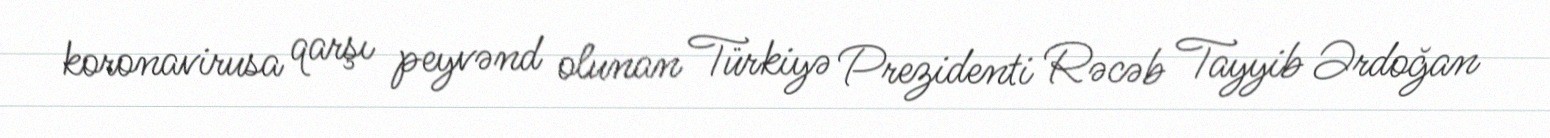
koronavirusa qarşı peyvənd olunan Türkiyə Prezidenti Rəcəb Tayyib Ərdoğan